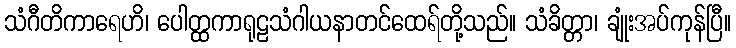
သံဂီတိကာရေဟိ၊ ပေါတ္ထကာရုဠသံဂါယနာတင်ထေရ်တို့သည်။ သံခိတ္တာ၊ ချုံးအပ်ကုန်ပြီ။